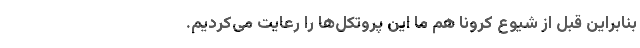
بنابراین قبل از شیوع کرونا هم ما این پروتکل‌ها را رعایت می‌کردیم.